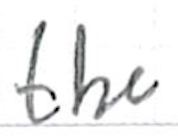
Text: the
Cross-out: clean
Writing tool: ballpoint